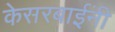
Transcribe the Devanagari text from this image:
केसरबाईंनी